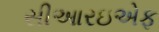
સીઆરઇએફ